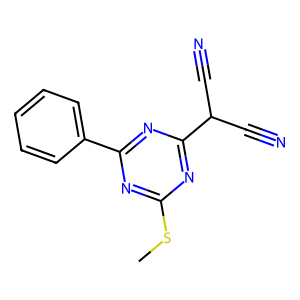
SMILES: CSc1nc(-c2ccccc2)nc(C(C#N)C#N)n1
Inhibits HIV replication: No